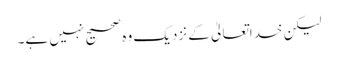
لیکن خداتعالیٰ کے نزدیک وہ صحیح نہیں ہے۔